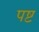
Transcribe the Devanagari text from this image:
पष्ट